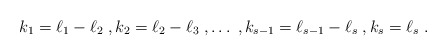
\begin{align*} k_1 = \ell_{1} - \ell_{2} \;, k_2 = \ell_{2} - \ell_{3} \;, \ldots\;, k_{s-1} = \ell_{s-1} - \ell_{s} \;,k_{s} = \ell_{s}\;. \end{align*}